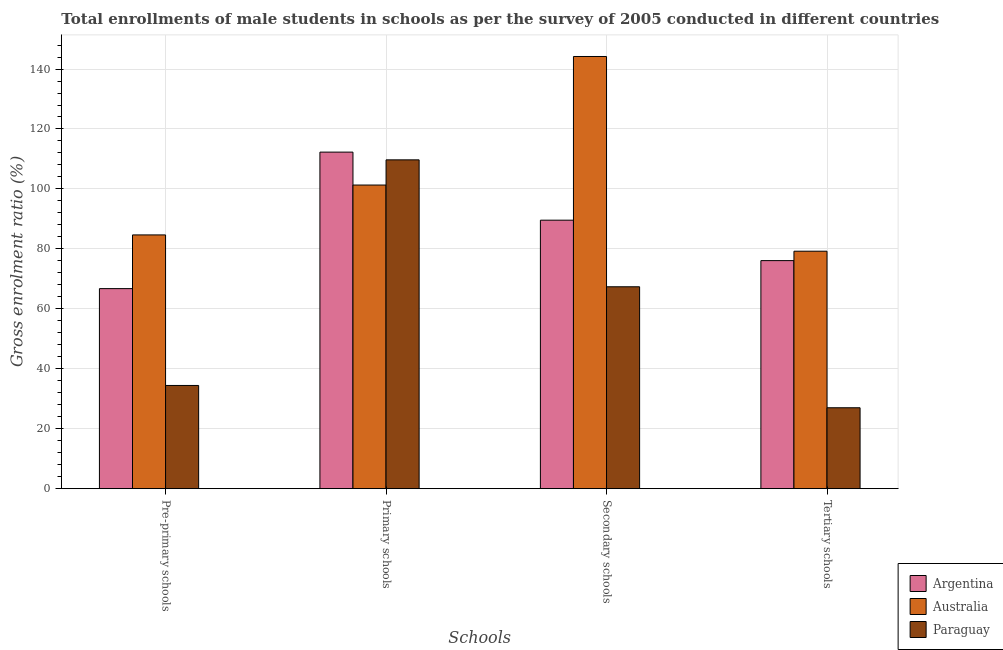
| Schools | Argentina | Australia | Paraguay |
 | --- | --- | --- | --- |
 | Pre-primary schools | 66.7 | 84.7 | 34.4 |
 | Primary schools | 112 | 101 | 110 |
 | Secondary schools | 89.6 | 144 | 67.4 |
 | Tertiary schools | 76.1 | 79.2 | 27 |